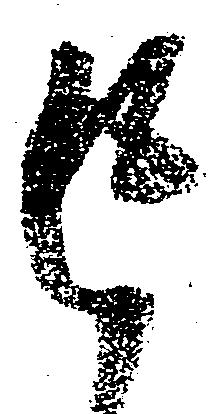
返